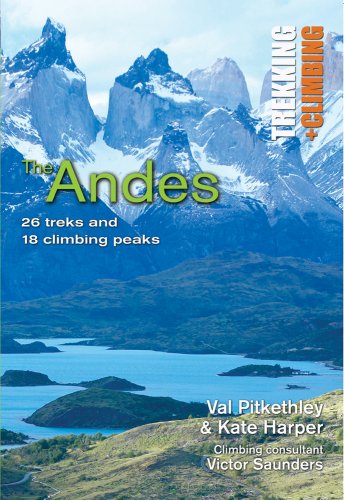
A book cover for The Andes: Trekking + Climbing; Val Pitkethly; Sports & Outdoors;